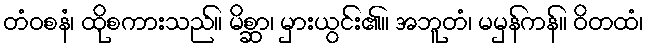
တံဝစနံ၊ ထိုစကားသည်။ မိစ္ဆာ၊ မှားယွင်း၏။ အဘူတံ၊ မမှန်ကန်။ ဝိတထံ၊